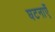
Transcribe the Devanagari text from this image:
घटनाऍँ